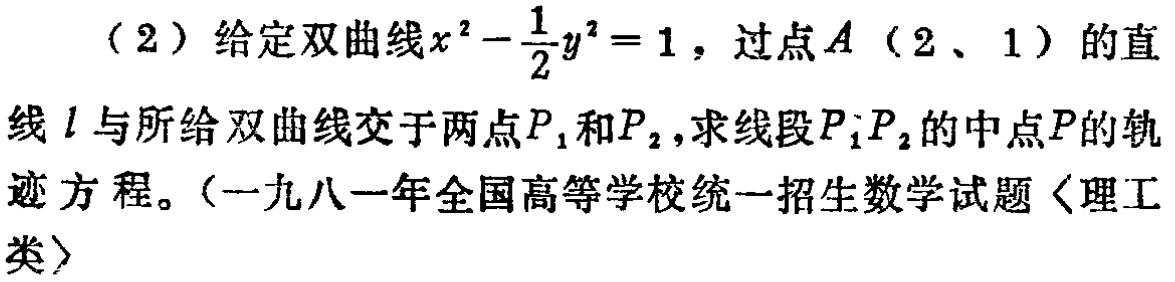
（2）给定双曲线\(x^{2}-\frac{1}{2}y^{2}=1\)，过点\(A(2,1)\)的直线\(l\)与所给双曲线交于两点\(P_{1}\)和\(P_{2}\)，求线段\(P_{1}P_{2}\)的中点\(P\)的轨迹方程。（一九八一年全国高等学校统一招生数学试题〈理工类〉）